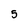
Character: 5